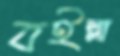
বইল্লা